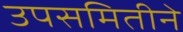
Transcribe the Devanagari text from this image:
उपसमितीने